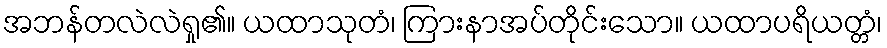
အဘန်တလဲလဲရှု၏။ ယထာသုတံ၊ ကြားနာအပ်တိုင်းသော။ ယထာပရိယတ္တံ၊